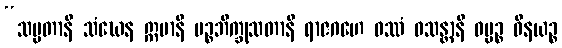
“သမ္မတာနိ သံဃေန ဣမာနိ ပဉ္စဘိက္ခုသတာနိ ရာဇဂဟေ ဝဿံ ဝသန္တာနိ ဓမ္မဉ္စ ဝိနယဉ္စ